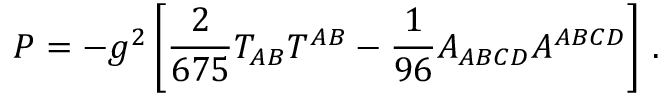
P = - g ^ { 2 } \left[ { \frac { 2 } { 6 7 5 } } T _ { A B } T ^ { A B } - { \frac { 1 } { 9 6 } } A _ { A B C D } A ^ { A B C D } \right] \, .